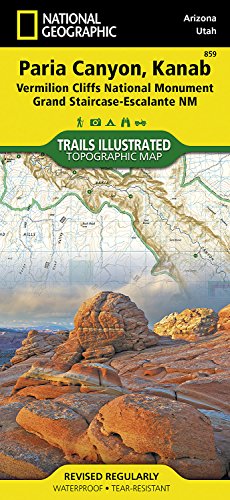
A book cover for Paria Canyon, Kanab [Vermillion Cliffs National Monument, Grand Staircase-Escalante National Monument] (National Geographic Trails Illustrated Map); National Geographic Maps - Trails Illustrated; Reference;